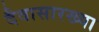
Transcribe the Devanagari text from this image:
दैवासारख्या